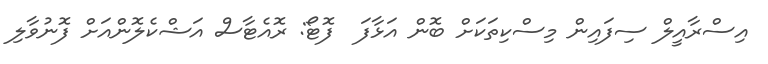
އިސްރާއީލް ސިފައިން މިސްކިތަކަށް ބޮން އަޅާފަ  ފޮޓޯ: ރޮއެޓާސް އަޝްކެލޮންއަށް ފޮނުވާލި